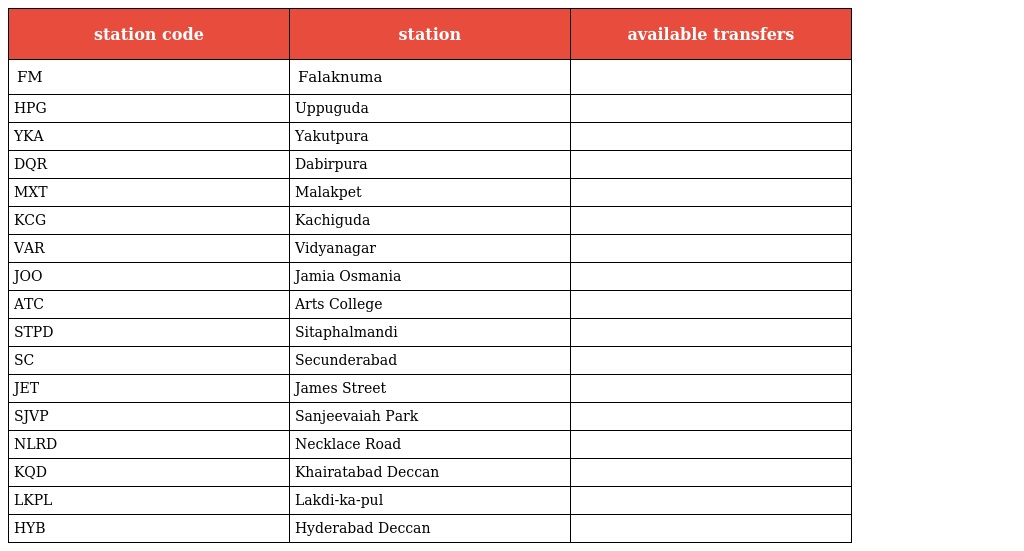
| station code | station | available transfers |
 | --- | --- | --- |
 | FM | Falaknuma |  |
 | HPG | Uppuguda |  |
 | YKA | Yakutpura |  |
 | DQR | Dabirpura |  |
 | MXT | Malakpet |  |
 | KCG | Kachiguda |  |
 | VAR | Vidyanagar |  |
 | JOO | Jamia Osmania |  |
 | ATC | Arts College |  |
 | STPD | Sitaphalmandi |  |
 | SC | Secunderabad |  |
 | JET | James Street |  |
 | SJVP | Sanjeevaiah Park |  |
 | NLRD | Necklace Road |  |
 | KQD | Khairatabad Deccan |  |
 | LKPL | Lakdi-ka-pul |  |
 | HYB | Hyderabad Deccan |  |